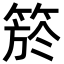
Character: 箊